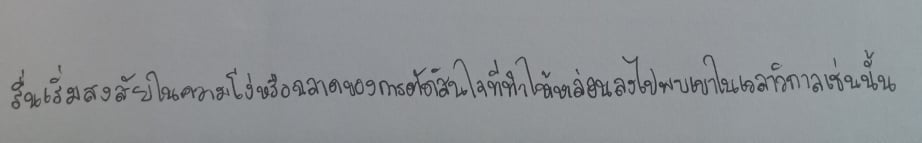
รื่นเริ่มสงสัยในความโง่หรือฉลาดของการตัดสินใจที่ทำให้หล่อนลงไปพบเขาในเวลาวิกาลเช่นนั้น